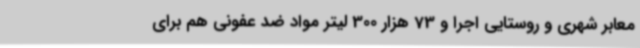
معابر شهری و روستایی اجرا و 73 هزار 300 لیتر مواد ضد عفونی هم برای